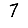
Digit: 7